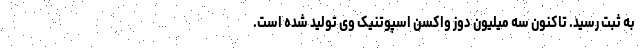
به ثبت رسید. تاکنون سه میلیون دوز واکسن اسپوتنیک وی تولید شده است.